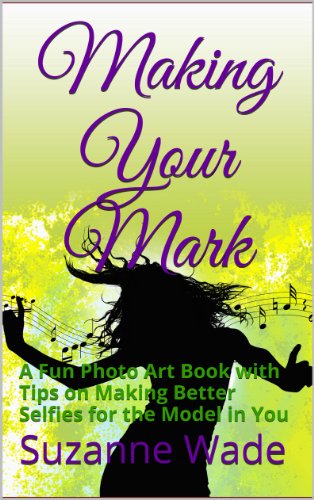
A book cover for Making Your Mark; Suzanne Wade; Teen & Young Adult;